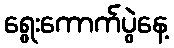
ရွေးကောက်ပွဲနေ့